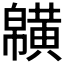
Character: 𪏑